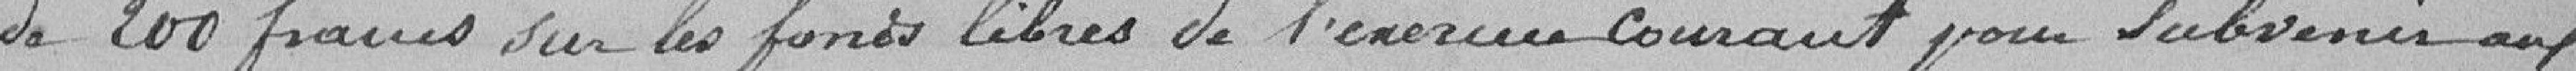
de 200 francs sur les fonds libres de l'exercice courant pour subvenir aux